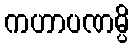
ကဟာပဏမ္ပိ